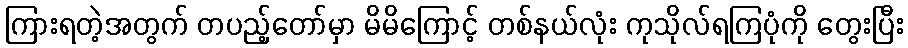
ကြားရတဲ့အတွက် တပည့်တော်မှာ မိမိကြောင့် တစ်နယ်လုံး ကုသိုလ်ရကြပုံကို တွေးပြီး